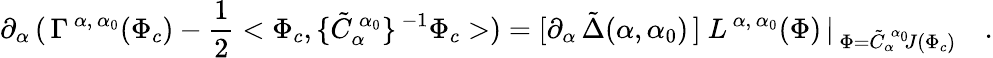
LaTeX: \partial_{\alpha}\, (\, \Gamma^{\, \alpha,\, \alpha_{0}}(\Phi_{c})-\frac{1}{2}<\Phi_{c},\{ \tilde{C}_{\alpha}^{\, \alpha_{0}}\} ^{\, -1}\Phi_{c}>)=[\partial_{\alpha}\, \tilde{\Delta}(\alpha,\alpha_{0})\, ]\ L^{\, \alpha,\, \alpha_{0}}(\Phi)\, \vert_{\, \Phi=\tilde{C}_{\alpha}^{\, \alpha_{0}}\! J(\Phi_{c})}\quad.